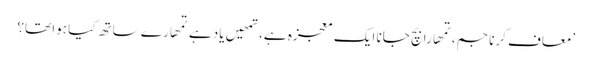
’معاف کرنا جم، تمھارا بچ جانا ایک معجزہ ہے، تمھیں یاد ہے تمھارے ساتھ کیا ہوا تھا؟